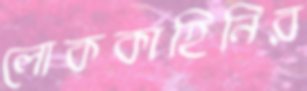
লোককাহিনির